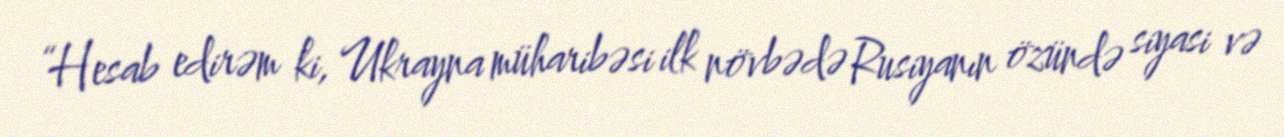
“Hesab edirəm ki, Ukrayna müharibəsi ilk növbədə Rusiyanın özündə siyasi və